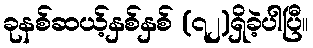
ခုနစ်ဆယ့်နှစ်နှစ် (၇၂)ရှိခဲ့ပါပြီ။